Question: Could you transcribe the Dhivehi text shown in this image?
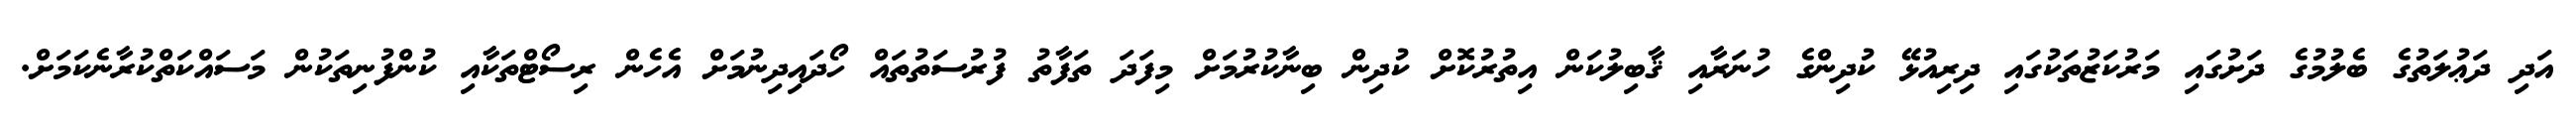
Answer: އަދި ދަޢުލަތުގެ ބެލުމުގެ ދަށުގައި މަރުކަޒުތަކުގައި ދިރިއުޅޭ ކުދިންގެ ހުނަރާއި ޤާބިލުކަން އިތުރުކޮށް ކުދިން ބިނާކުރުމަށް މިފަދަ ތަފާތު ފުރުސަތުތައް ހޯދައިދިނުމަށް އެހެން ރިސޯޓްތަކާއި ކުންފުނިތަކުން މަސައްކަތްކުރާނެކަމަށް.